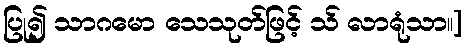
ပြု၍ သာဂမော သေသုတ်ဖြင့် သ် လာရုံသာ။]